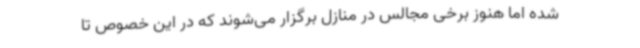
شده اما هنوز برخی مجالس در منازل برگزار می‌شوند که در این خصوص تا